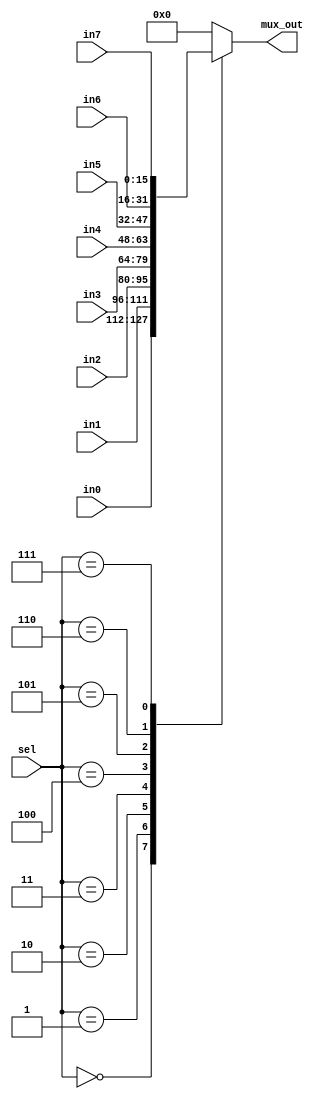
/*
This Verilog code performs a 8-to-1 Multiplexer with WIDTH bit inputs.
Declare the module `mux16` with a parameter `WIDTH` which defaults to 16.
*/
module mux16 #(parameter WIDTH=16) (
    input wire  [WIDTH - 1 : 0]    in0,     // WIDTH bits data inputs in0
    input wire  [WIDTH - 1 : 0]    in1,     // WIDTH bits data inputs in1
    input wire  [WIDTH - 1 : 0]    in2,     // WIDTH bits data inputs in2
    input wire  [WIDTH - 1 : 0]    in3,     // WIDTH bits data inputs in3
    input wire  [WIDTH - 1 : 0]    in4,     // WIDTH bits data inputs in4
    input wire  [WIDTH - 1 : 0]    in5,     // WIDTH bits data inputs in5
    input wire  [WIDTH - 1 : 0]    in6,     // WIDTH bits data inputs in6
    input wire  [WIDTH - 1 : 0]    in7,     // WIDTH bits data inputs in7
    input wire  [ 3: 0]        sel,         // 4-bits data inputs sel
    output reg  [WIDTH - 1 : 0]    mux_out  // WIDTH bits data output with register mux_out
  );

  always @(*) begin                         // Combinational block trigger whenever any of inpus changes
    case(sel)                               // Case statement decides output selection base on the value of sel signal (all value in binary format)
      4'b0000:    mux_out = in0;            // When sel is 0, output will take the vaule of input signal in0
      4'b0001:    mux_out = in1;            // When sel is 1, output will take the vaule of input signal in1
      4'b0010:    mux_out = in2;            // When sel is 2, output will take the vaule of input signal in2
      4'b0011:    mux_out = in3;            // When sel is 3, output will take the vaule of input signal in3
      4'b0100:    mux_out = in4;            // When sel is 4, output will take the vaule of input signal in4
      4'b0101:    mux_out = in5;            // When sel is 5, output will take the vaule of input signal in5
      4'b0110:    mux_out = in6;            // When sel is 6, output will take the vaule of input signal in6
      4'b0111:    mux_out = in7;            // When sel is 7, output will take the vaule of input signal in7
      default:    mux_out = 16'h0000;       // Set default state when there is any other state of sel will set output to 0
    endcase                                 
  end                                       
endmodule